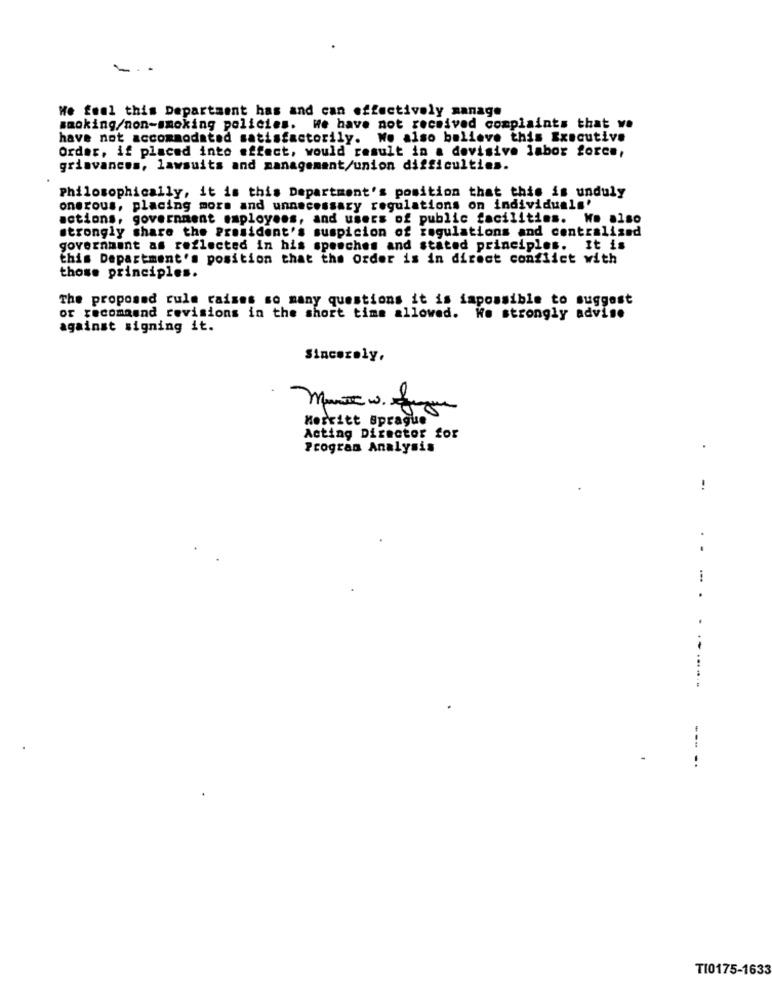
- ..
We feel this Department has and can effectively manage
smoking/non-smoking policies. We have not received complaints that we
have not accommodated satisfactorily. We also believe this Executive
Order, if placed into effect, would result in a dovisive labor force,
grievances, lawsuits and management/union difficulties.
Philosophically, it is this Department's position that this is unduly
onerous, placing mors and unnecessary regulations on individuals'
actions, government employees, and users of public facilities. We also
strongly share the President's suspicion of regulations and centralized
government as reflected in his speeches and stated principles. It is
this Department's position that the order is in direct conflict with
those principles.
The proposed rule caises so many questions it is impossible to suggest
or recommend revisions in the short time allowed. We strongly advise
against signing it.
Sincerely,
Merritt Sprague
Acting Director for
Program Analysis
!
.
..---...
--- -.
TI0175-1633